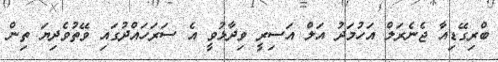
ބްރިގޭޑިއާ ޖެނެރަލް އަހުމަދު އަލް އަސިރީ ވިދާޅުވީ އެ ސަރަހައްދުގައި ވޭތުވެދިޔަ ތިން